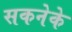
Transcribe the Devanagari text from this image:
सकनेके